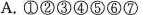
A.①②③④⑤⑥⑦